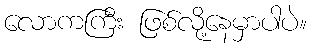
လောကကြီး ဖြစ်လို့နေမှာပါပဲ။